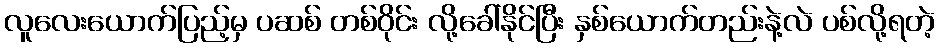
လူလေးယောက်ပြည့်မှ ပဆစ် တစ်ဝိုင်း လို့ခေါ်နိုင်ပြီး နှစ်ယောက်တည်းနဲ့လဲ ပစ်လို့ရတဲ့